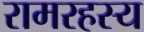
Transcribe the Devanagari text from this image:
रामरहस्य